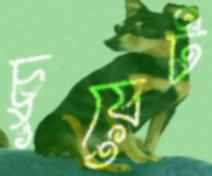
চুয়েট